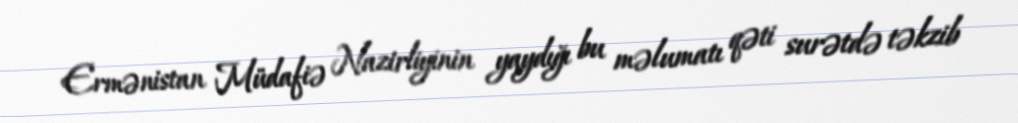
Ermənistan Müdafiə Nazirliyinin yaydığı bu məlumatı qəti surətdə təkzib